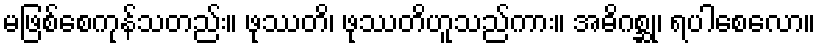
မဖြစ်စေကုန်သတည်း။ ဖုဿတိ၊ ဖုဿတိဟူသည်ကား။ အဓိဂစ္ဆု၊ ရပါစေလော။